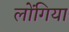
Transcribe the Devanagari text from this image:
लोंगिया